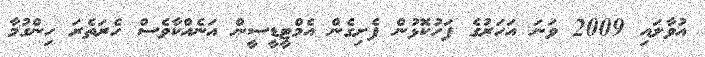
އުވާލައި 2009 ވަނަ އަހަރުގެ ފަހުކޮޅުން ފެށިގެން އެމްޓީޑީސީން އަނެއްކާވެސް ހެރަތެރަ ހިންގުމާ